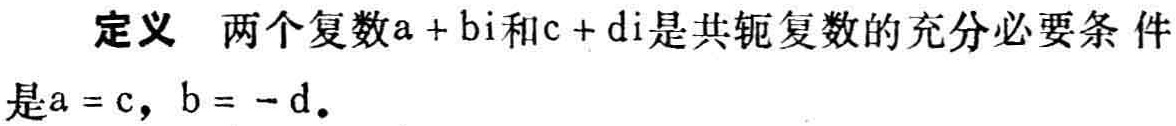
定义 两个复数\(a + bi\)和\(c + di\)是共轭复数的充分必要条件是\(a = c\)，\(b = -d\)。